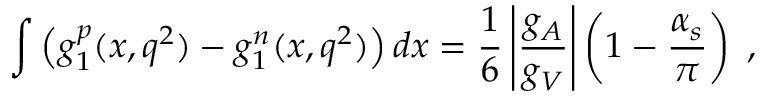
\int \left( { { g _ { 1 } ^ { p } } ( x , q ^ { 2 } ) - g _ { 1 } ^ { n } ( x , q ^ { 2 } ) } \right) d x = \frac { 1 } { 6 } \left| { \frac { g _ { A } } { g _ { V } } } \right| \left( { 1 - \frac { \alpha _ { s } } { \pi } } \right) \; ,